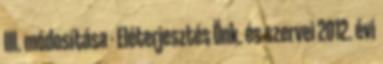
III. módosítása - Eléterjesztés Önk. és szervei 2012. évi